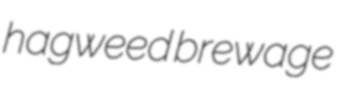
hagweed brewage